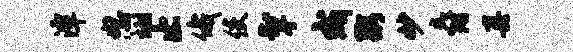
潭怒翊止俄使掣成粥妙爵真